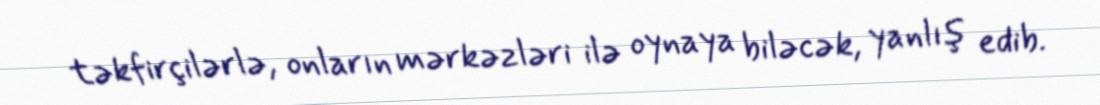
təkfirçilərlə, onların mərkəzləri ilə oynaya biləcək, yanlış edib.